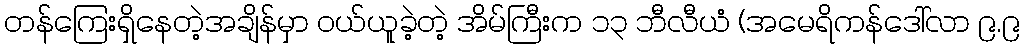
တန်ကြေးရှိနေတဲ့အချိန်မှာ ဝယ်ယူခဲ့တဲ့ အိမ်ကြီးက ၁၃ ဘီလီယံ (အမေရိကန်ဒေါ်လာ ၉.၉